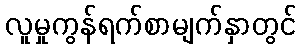
လူမှုကွန်ရက်စာမျက်နှာတွင်